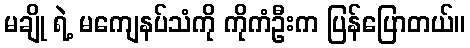
မချို ရဲ့ မကျေနပ်သံကို ကိုကံဦးက ပြန်ပြောတယ်။